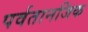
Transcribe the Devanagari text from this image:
पर्वतानजिक